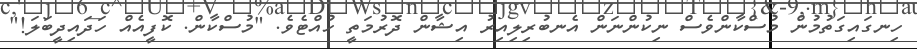
ހިނގައިގަތުމުން މުސްކާންވެސް ނިކުންނަން އެނބުރިލިއިރު އިޝާން ދޮރުމަތީ ހުއްޓެވެ. "މުސްކާން. ކޮފީއެއް ހަދައިދީބަލަ!"